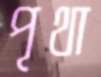
পৃথা